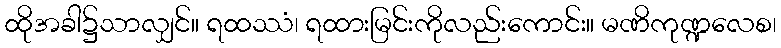
ထိုအခါ၌သာလျှင်။ ရထဿံ၊ ရထားမြင်းကိုလည်းကောင်း။ မဏိကုဏ္ဍလေစ၊